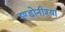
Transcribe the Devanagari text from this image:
इण्डोनीश्या